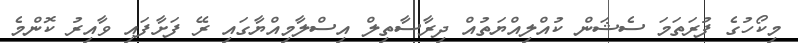
މިކޯހުގެ ފުރަތަމަ ސެޝަން ކުއްލިއްޔަތުއް ދިރާސާތިލް އިސްލާމިއްޔާގައި ރޭ ފަށާފައި ވާއިރު ކޮންމެ